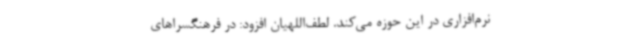
نرم‌افزاری در این حوزه می‌کند. لطف‌اللهیان افزود: در فرهنگسراهای